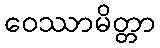
ဝေဿာမိတ္တာ